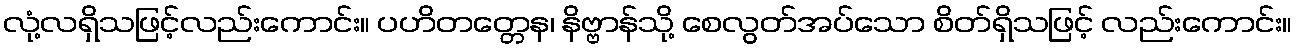
လုံ့လရှိသဖြင့်လည်းကောင်း။ ပဟိတတ္တေန၊ နိဗ္ဗာန်သို့ စေလွတ်အပ်သော စိတ်ရှိသဖြင့် လည်းကောင်း။